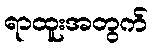
ရာထူးအတွက်